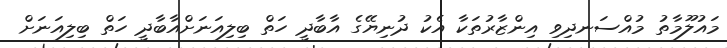
މައުލޫމާތު މުއްސަނދިވި އިންޒާރުތަކާ އެކު ދުނިޔޭގެ އާބާދީ ހަތް ބިލިއަނަށްއާބާދީ ހަތް ބިލިއަނަށް